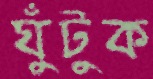
ঘুঁটুক